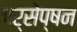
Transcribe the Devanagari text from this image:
पर्सेप्षन